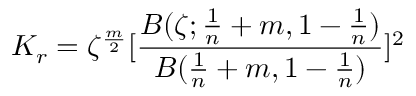
K _ { r } = \zeta ^ { \frac { m } { 2 } } [ \frac { B ( \zeta ; \frac { 1 } { n } + m , 1 - \frac { 1 } { n } ) } { B ( \frac { 1 } { n } + m , 1 - \frac { 1 } { n } ) } ] ^ { 2 }